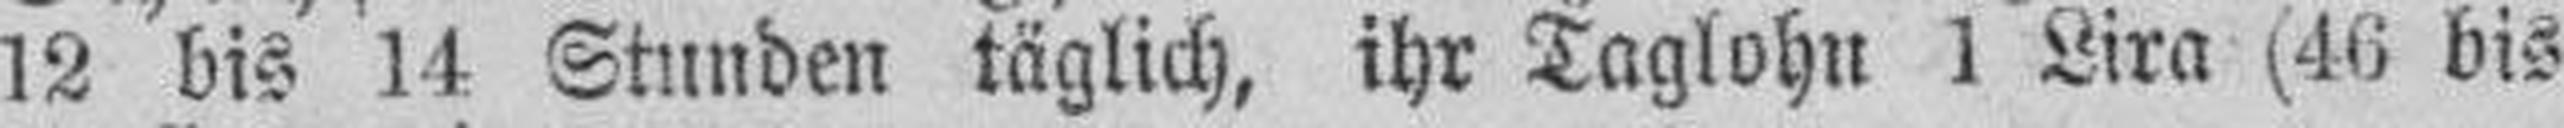
12 bis 14 Stunden täglich, ihr Taglohn 1 Lira (46 bis